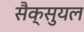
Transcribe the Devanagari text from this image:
सैक्सुयल